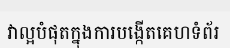
វាល្អបំផុតក្នុងការបង្កើតគេហទំព័រ